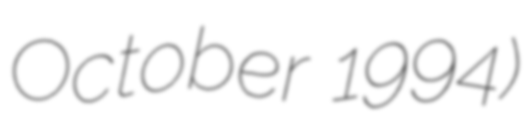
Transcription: October 1994)